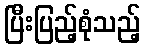
ပြီးပြည့်စုံသည့်